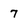
Character: 7